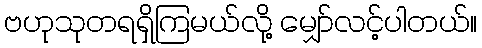
ဗဟုသုတရရှိကြမယ်လို့ မျှော်လင့်ပါတယ်။